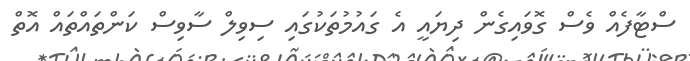
ސްޓާފެއް ވެސް ގޮވައިގެން ދިޔައީ އެ ގައުމުތަކުގައި ސިވިލް ސާވިސް ކަންތައްތައް އޮތް